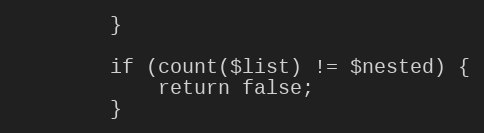
Language: PHP
        }

        if (count($list) != $nested) {
            return false;
        }